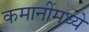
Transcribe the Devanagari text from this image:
कमानींमध्ये